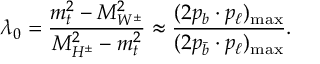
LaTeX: \lambda _ { 0 } = \frac { m _ { t } ^ { 2 } - M _ { W ^ { \pm } } ^ { 2 } } { M _ { H ^ { \pm } } ^ { 2 } - m _ { t } ^ { 2 } } \approx \frac { ( 2 p _ { b } \cdot p _ { \ell } ) _ { \mathrm { m a x } } } { ( 2 p _ { \bar { b } } \cdot p _ { \ell } ) _ { \mathrm { m a x } } } .